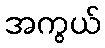
အကွယ်